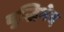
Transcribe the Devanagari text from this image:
बुद्धिभेद